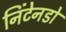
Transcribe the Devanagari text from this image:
निंटेनडो